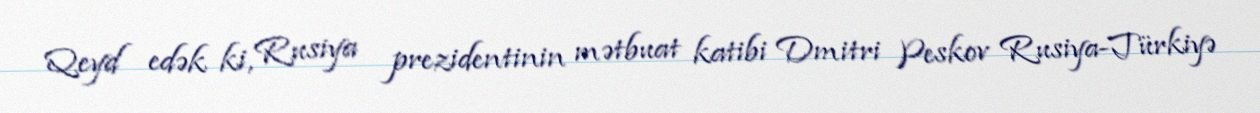
Qeyd edək ki, Rusiya prezidentinin mətbuat katibi Dmitri Peskov Rusiya-Türkiyə